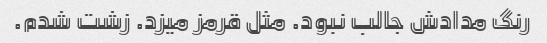
رنگ مدادش جالب نبود. مثل قرمز میزد. زشت شدم.